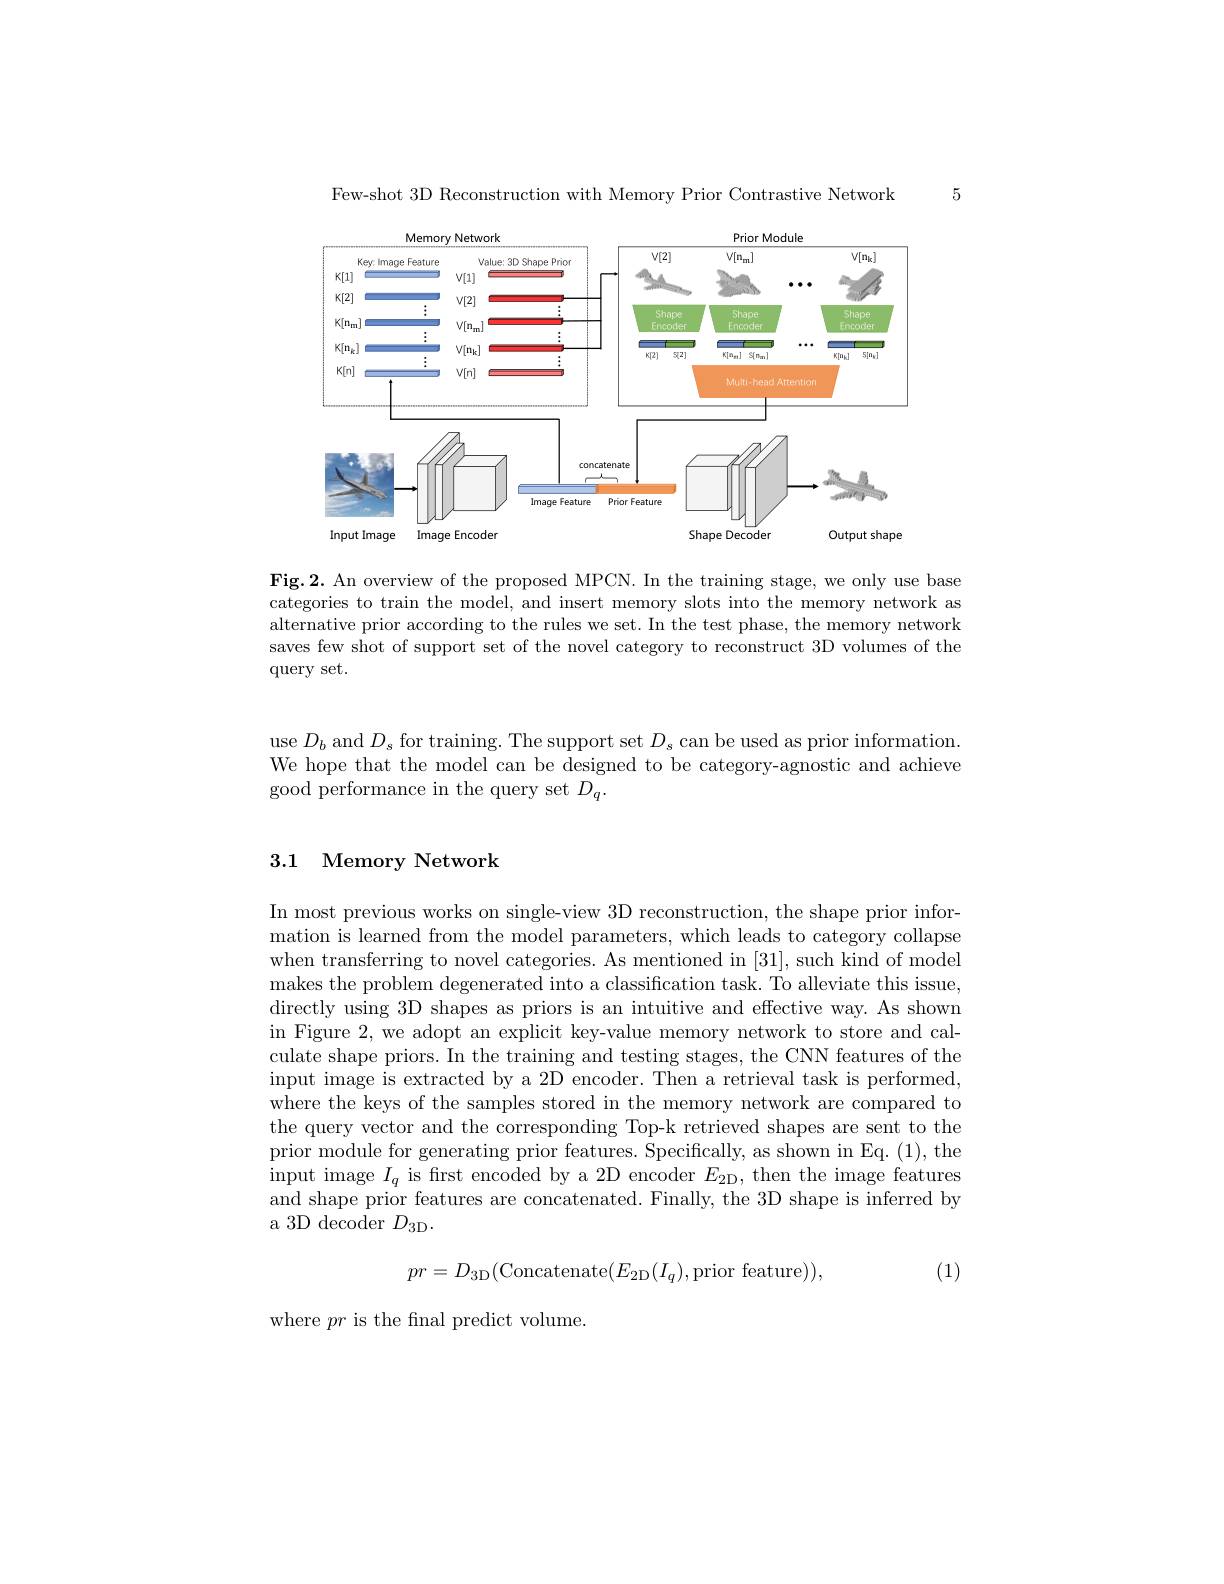
5

Few-shot 3D Reconstruction with Memory Prior Contrastive Network

<FigureHere>

Fig.2. An overview of the proposed MPCN. In the training stage, we only use base categories to train the model, and insert memory slots into the memory network as alternative prior according to the rules we set. In the test phase, the memory network saves few shot of support set of the novel category to reconstruct 3D volumes of the query set.

use $D_b$ and $D_s$ for training. The support set $D_s$ can be used as prior information. We hope that the model can be designed to be category-agnostic and achieve good performance in the query set $D_q.$

## 3.1 Memory Network

In most previous works on single-view 3D reconstruction, the shape prior information is learned from the model parameters, which leads to category collapse when transferring to novel categories. As mentioned in [31], such kind of model makes the problem degenerated into a classification task. To alleviate this issue, directly using 3D shapes as priors is an intuitive and effective way. As shown in Figure 2, we adopt an explicit key-value memory network to store and calculate shape priors. In the training and testing stages, the CNN features of the input image is extracted by a 2D encoder. Then a retrieval task is performed, where the keys of the samples stored in the memory network are compared to the query vector and the corresponding Top-k retrieved shapes are sent to the prior module for generating prior features. Specifically, as shown in Eq. (1), the input image $I_q$ is frst encoded by a 2D encoder $E_{2\mathrm{D}}$, then the image features and shape prior features are concatenated. Finally, the 3D shape is inferred by a 3D decoder $D_{3\mathrm{D}}.$
$$pr=D_{\mathrm{3D}}(\mathrm{Concatenate}(E_{\mathrm{2D}}(I_{q}),\mathrm{prior~feature})),$$
(1)

where $pr$ is the final predict volume.